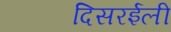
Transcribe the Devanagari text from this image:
दिसरईली